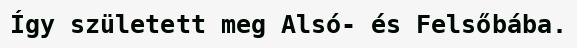
Így született meg Alsó- és Felsőbába.